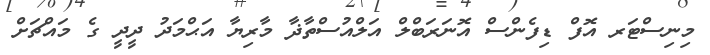
މިނިސްޓަރ އޮފް ޑިފެންސް އޮނަރަބްލް އަލްއުސްތާޛާ މާރިޔާ އަޙްމަދު ދީދީ ގެ މައްޗަށް